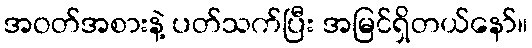
အဝတ်အစားနဲ့ ပတ်သက်ပြီး အမြင်ရှိတယ်နော်။